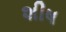
શીષ